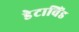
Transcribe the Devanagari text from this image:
डेटाविंड